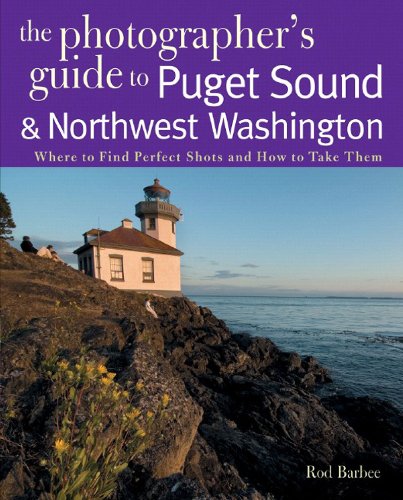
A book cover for The Photographer's Guide to Puget Sound: Where to Find the Perfect Shots and How to Take Them (The Photographer's Guide); Rod Barbee; Travel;